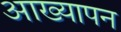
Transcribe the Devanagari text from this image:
आख्यापन